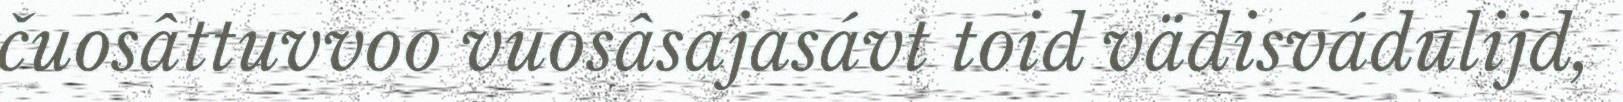
čuosâttuvvoo vuosâsajasávt toid vädisvádulijd,